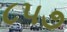
૮૫૭